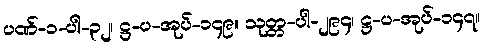
ပဏ်-၁-ပါ-၃၂၊ ဋ္ဌ-ပ-အုပ်-၁၄၉။ သုတ္တ-ပါ-၂၉၄၊ ဋ္ဌ-ပ-အုပ်-၁၄၇။